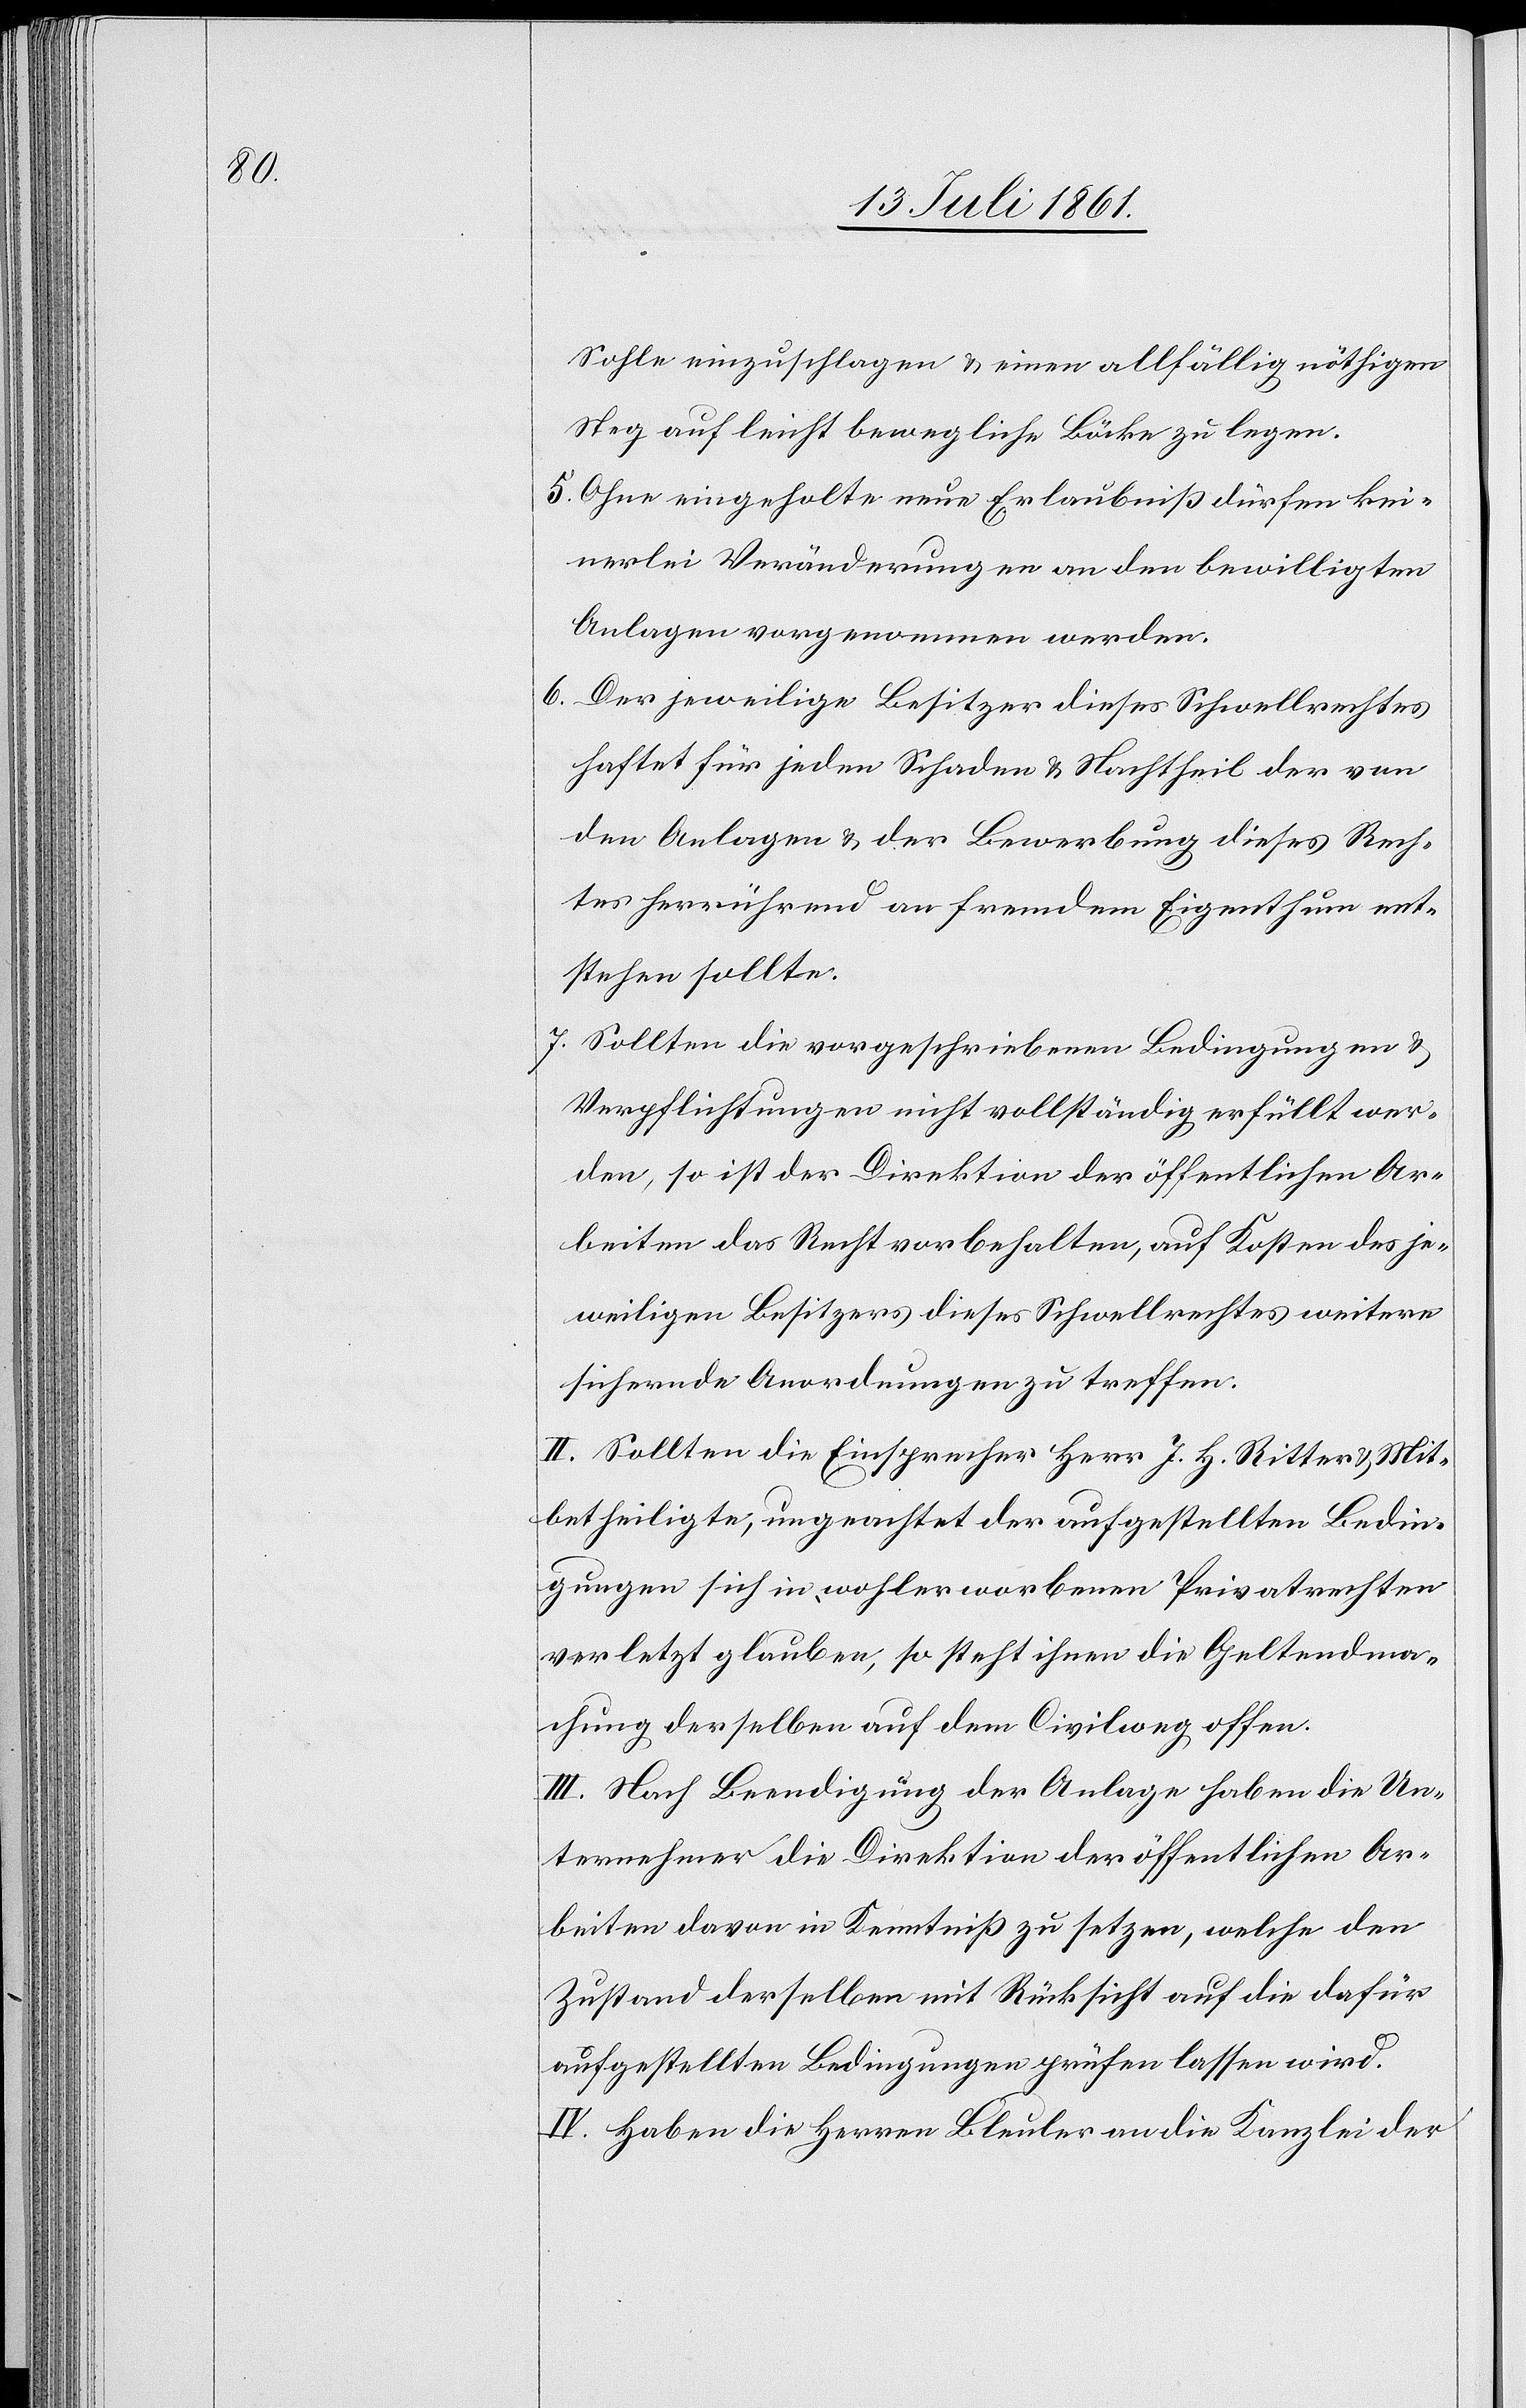
Sohle einzuschlagen u. einen allfälligen nöthigen
Steg auf leicht bewegliche Böcke zu legen.
5. Ohne eingeholte neue Erlaubniß dürfen kei¬
nerlei Veränderungen an den bewilligten
Anlagen vorgenommen werden.
6. Der jeweilige Besitzer dieses Schwellbrettes
haftet für jeden Schaden u. Nachtheil der von
den Anlagen u. der Bewerbung dieses Rech¬
tes herrührend an fremdem Eigenthum ent¬
stehen sollte.
7. Sollten die vorgeschriebenen Bedingungen u.
Verpflichtungen nicht vollständig erfüllt wer¬
den, so ist der Direktion der öffentlichen Ar¬
beiten das Recht vorbehalten, auf Kosten des je¬
weiligen Besitzers dieses Schwellrechtes weitere
sichernde Anordnungen zu treffen.
II. Sollten die Einsprecher Herr J. H. Ritter u. Mit¬
betheiligte, ungeachtet der aufgestellten Bedin¬
gungen sich in wohlerworbenen Privatrechten
verletzt glauben, so steht ihnen die Geltendma¬
chung derselben auf dem Civilweg offen.
III. Nach Beendigung der Anlage haben die Un¬
ternehmen die Direktion der öffentlichen Ar¬
beiten davon in Kenntniß zu setzen, welche den
Zustand derselben mit Rücksicht auf die dafür
aufgestellten Bedingungen prüfen lassen wird.
IV. Haben die Herren Bleuler an die Kanzlei der